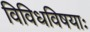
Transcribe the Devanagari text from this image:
विविधविषयाः